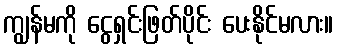
ကျွန်မကို ငွေရှင်းဖြတ်ပိုင်း ပေးနိုင်မလား။